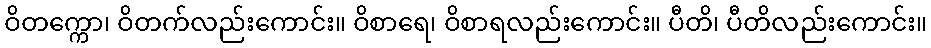
ဝိတက္ကော၊ ဝိတက်လည်းကောင်း။ ဝိစာရေ၊ ဝိစာရလည်းကောင်း။ ပီတိ၊ ပီတိလည်းကောင်း။